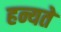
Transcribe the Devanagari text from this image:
हन्यते